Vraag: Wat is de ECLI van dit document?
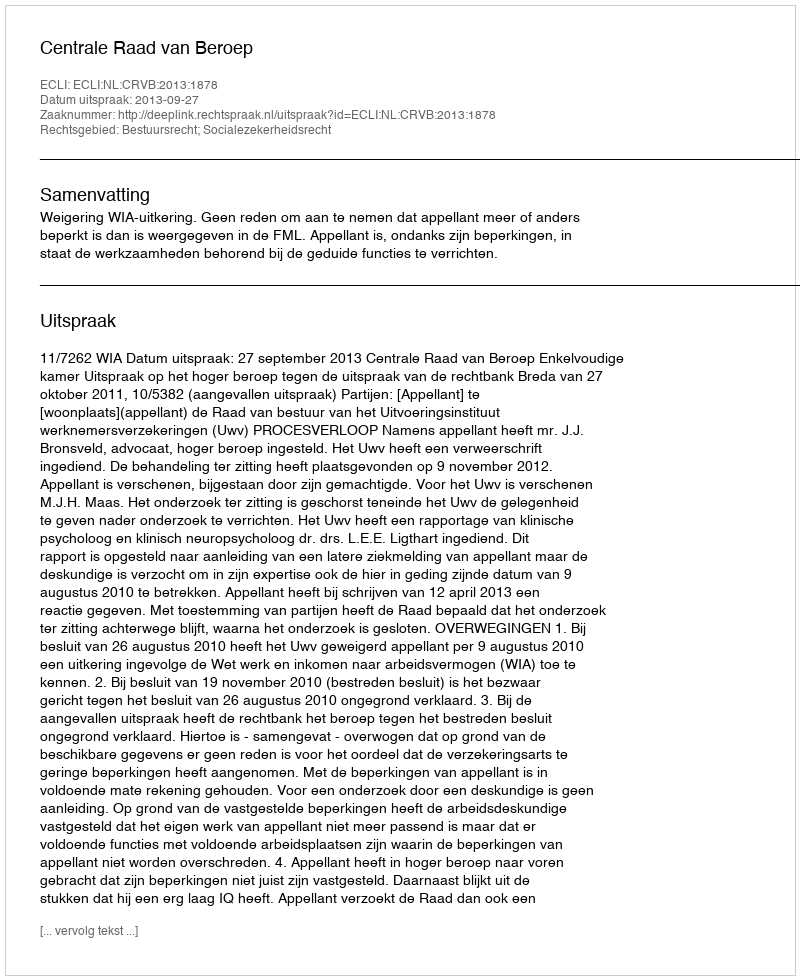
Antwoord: ECLI:NL:CRVB:2013:1878